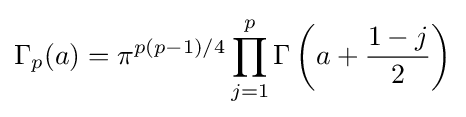
\Gamma _{p}(a)=\pi ^{p(p-1)/4}\prod _{j=1}^{p}\Gamma \left(a+{\frac {1-j}{2}}\right)